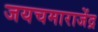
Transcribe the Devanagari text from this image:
जयचमाराजेंद्र